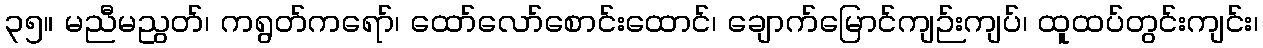
၃၅။ မညီမညွတ်၊ ကရွတ်ကရော်၊ ထော်လော်စောင်းထောင်၊ ချောက်မြောင်ကျဉ်းကျပ်၊ ထူထပ်တွင်းကျင်း၊